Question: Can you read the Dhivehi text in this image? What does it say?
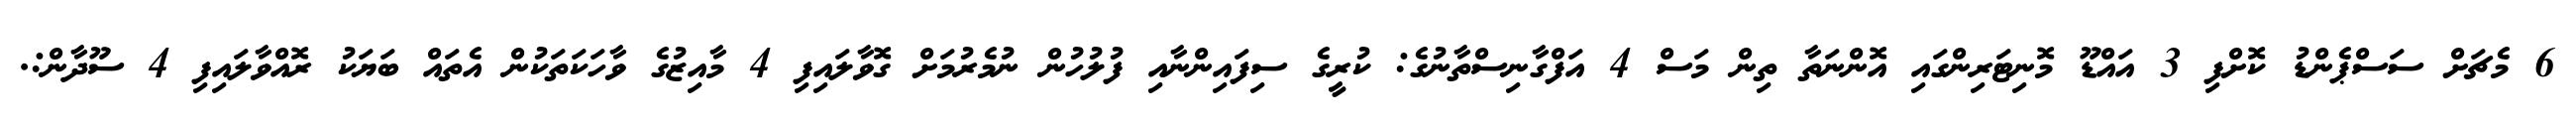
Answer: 6 މެޗަށް ސަސްޕެންޑު ކޮށްފި 3 އައްޑޫ މޮނިޓަރިންގައި އޮންނަތާ ތިން މަސް 4 އަފްގާނިސްތާނުގެ: ކުރީގެ ސިފައިންނާއި ފުލުހުން ނުމެރުމަށް ގޮވާލައިފި 4 މާއިޒުގެ ވާހަކަތަކުން އެތައް ބަޔަކު ރޮއްވާލައިފި 4 ސޫދާން:.